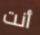
أنت